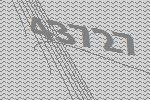
43727